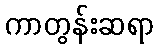
ကာတွန်းဆရာ